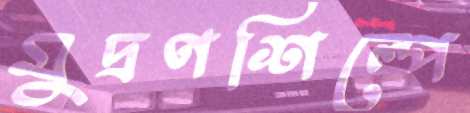
মুদ্রণশিল্পে